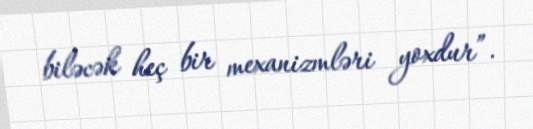
biləcək heç bir mexanizmləri yoxdur”.